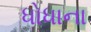
ધોધાના